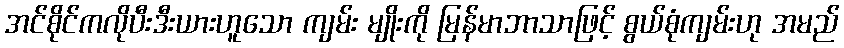
အင်စိုင်ကလိုပီးဒီးယားဟူသော ကျမ်း မျိုးကို မြန်မာဘာသာဖြင့် စွယ်စုံကျမ်းဟု အမည်